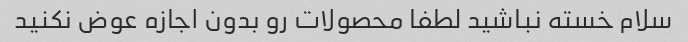
سلام خسته نباشید لطفا محصولات رو بدون اجازه عوض نکنید